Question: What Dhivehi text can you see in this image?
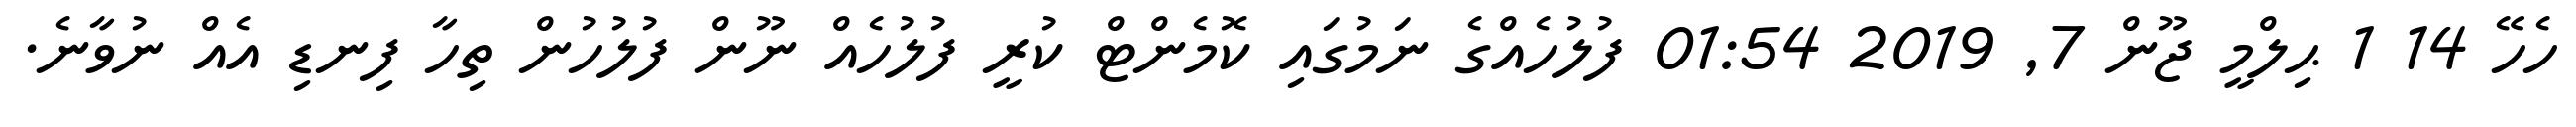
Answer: ހެހޭ 14 1 ޙިލްމީ ޖޫން 7, 2019 01:54 ފުލުހެއްގެ ނަމުގައި ކޮމެންޓް ކުރީ ފުލުހެއް ނޫން ފުލުހުން ތިހާ ފިނޑި އެއް ނުވާނެ.